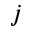
j